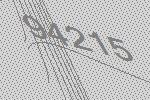
94215